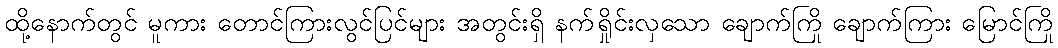
ထို့နောက်တွင် မူကား တောင်ကြားလွင်ပြင်များ အတွင်းရှိ နက်ရှိုင်းလှသော ချောက်ကြို ချောက်ကြား မြောင်ကြို